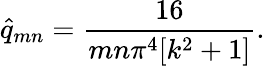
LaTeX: \hat{q}_{mn}=\frac{16}{mn\pi^{4}[k^{2}+1]}.